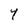
Character: Y